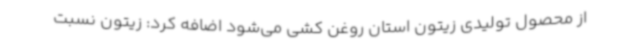
از محصول تولیدی زیتون استان روغن کشی می‌شود اضافه کرد: زیتون نسبت